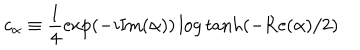
c _ { \alpha } \equiv \frac { 1 } { 4 } \exp ( - i \mathrm { I m } ( \alpha ) ) \log \tanh ( - \mathrm { R e } ( \alpha ) / 2 )